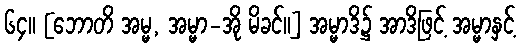
၆၄။ [ဘောတိ အမ္မ, အမ္မာ-အို မိခင်။] အမ္မာဒိ၌ အာဒိဖြင့် အမ္မာနှင့်